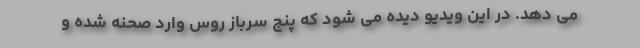
می دهد. در این ویدیو دیده می شود که پنج سرباز روس وارد صحنه شده و